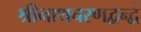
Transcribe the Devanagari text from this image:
श्रीनाथचरणद्वन्द्वं